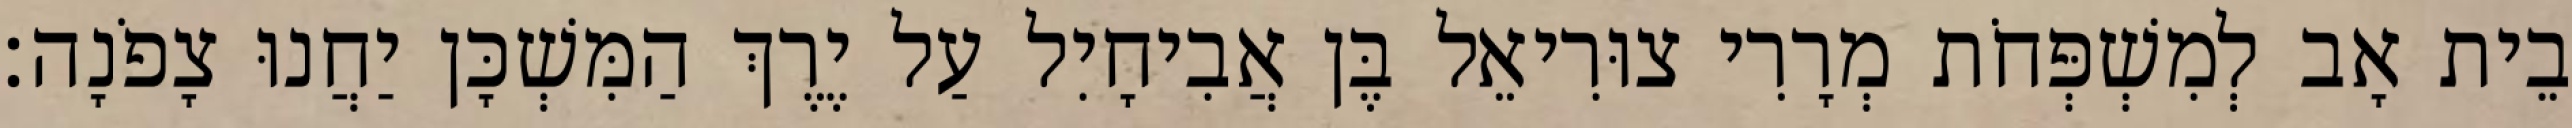
בֵית אָב לְמִשְׁפְּחֹת מְרָרִי צוּרִיאֵל בֶּן אֲבִיחָיִל עַל יֶרֶךְ הַמִּשְׁכָּן יַחֲנוּ צָפֹנָה׃